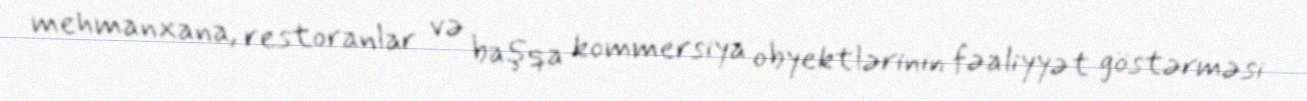
mehmanxana, restoranlar və başqa kommersiya obyektlərinin fəaliyyət göstərməsi